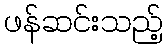
ဖန်ဆင်းသည့်